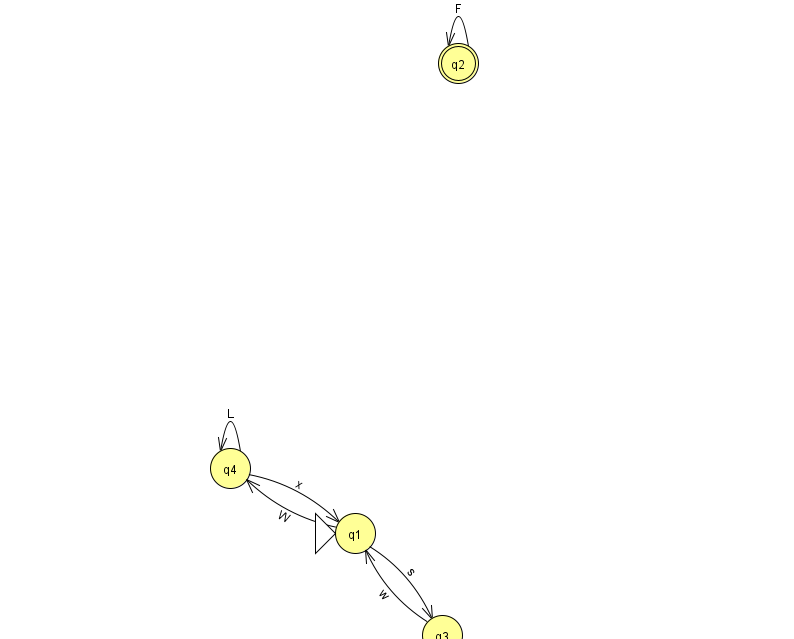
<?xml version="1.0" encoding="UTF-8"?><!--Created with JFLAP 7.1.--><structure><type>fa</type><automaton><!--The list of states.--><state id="1" name="q1"><x>355.0</x><y>520.0</y><initial/></state><state id="2" name="q2"><x>458.0</x><y>50.0</y><final/></state><state id="3" name="q3"><x>442.0</x><y>622.0</y></state><state id="4" name="q4"><x>230.0</x><y>455.0</y></state><!--The list of transitions.--><transition><from>2</from><to>2</to><read>F</read></transition><transition><from>1</from><to>4</to><read>W</read></transition><transition><from>4</from><to>1</to><read>x</read></transition><transition><from>1</from><to>3</to><read>s</read></transition><transition><from>4</from><to>4</to><read>L</read></transition><transition><from>3</from><to>1</to><read>w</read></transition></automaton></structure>